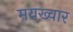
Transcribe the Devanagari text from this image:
मयख़्वार